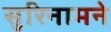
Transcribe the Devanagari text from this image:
सुरिनामने